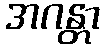
အဂန္တာ